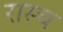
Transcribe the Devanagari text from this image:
रास्च